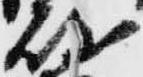
岐